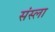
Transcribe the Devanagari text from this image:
संस्ला